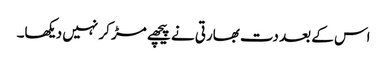
اس کے بعد دت بھارتی نے پیچھے مڑ کر نہیں دیکھا۔